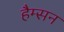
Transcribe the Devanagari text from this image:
हैम्सन